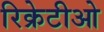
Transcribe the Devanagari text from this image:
रिक्रेटीओ